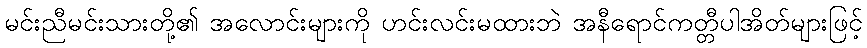
မင်းညီမင်းသားတို့၏ အလောင်းများကို ဟင်းလင်းမထားဘဲ အနီရောင်ကတ္တီပါအိတ်များဖြင့်